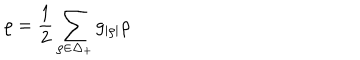
LaTeX: \varrho = { \frac { 1 } { 2 } } \sum _ { \rho \in \Delta _ { + } } g _ { | \rho | } \rho